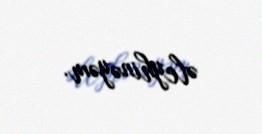
əleyhinəyəm.